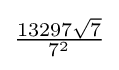
{\tfrac {13297{\sqrt {7}}}{7^{2}}}